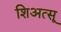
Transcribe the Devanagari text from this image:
शिअत्सू